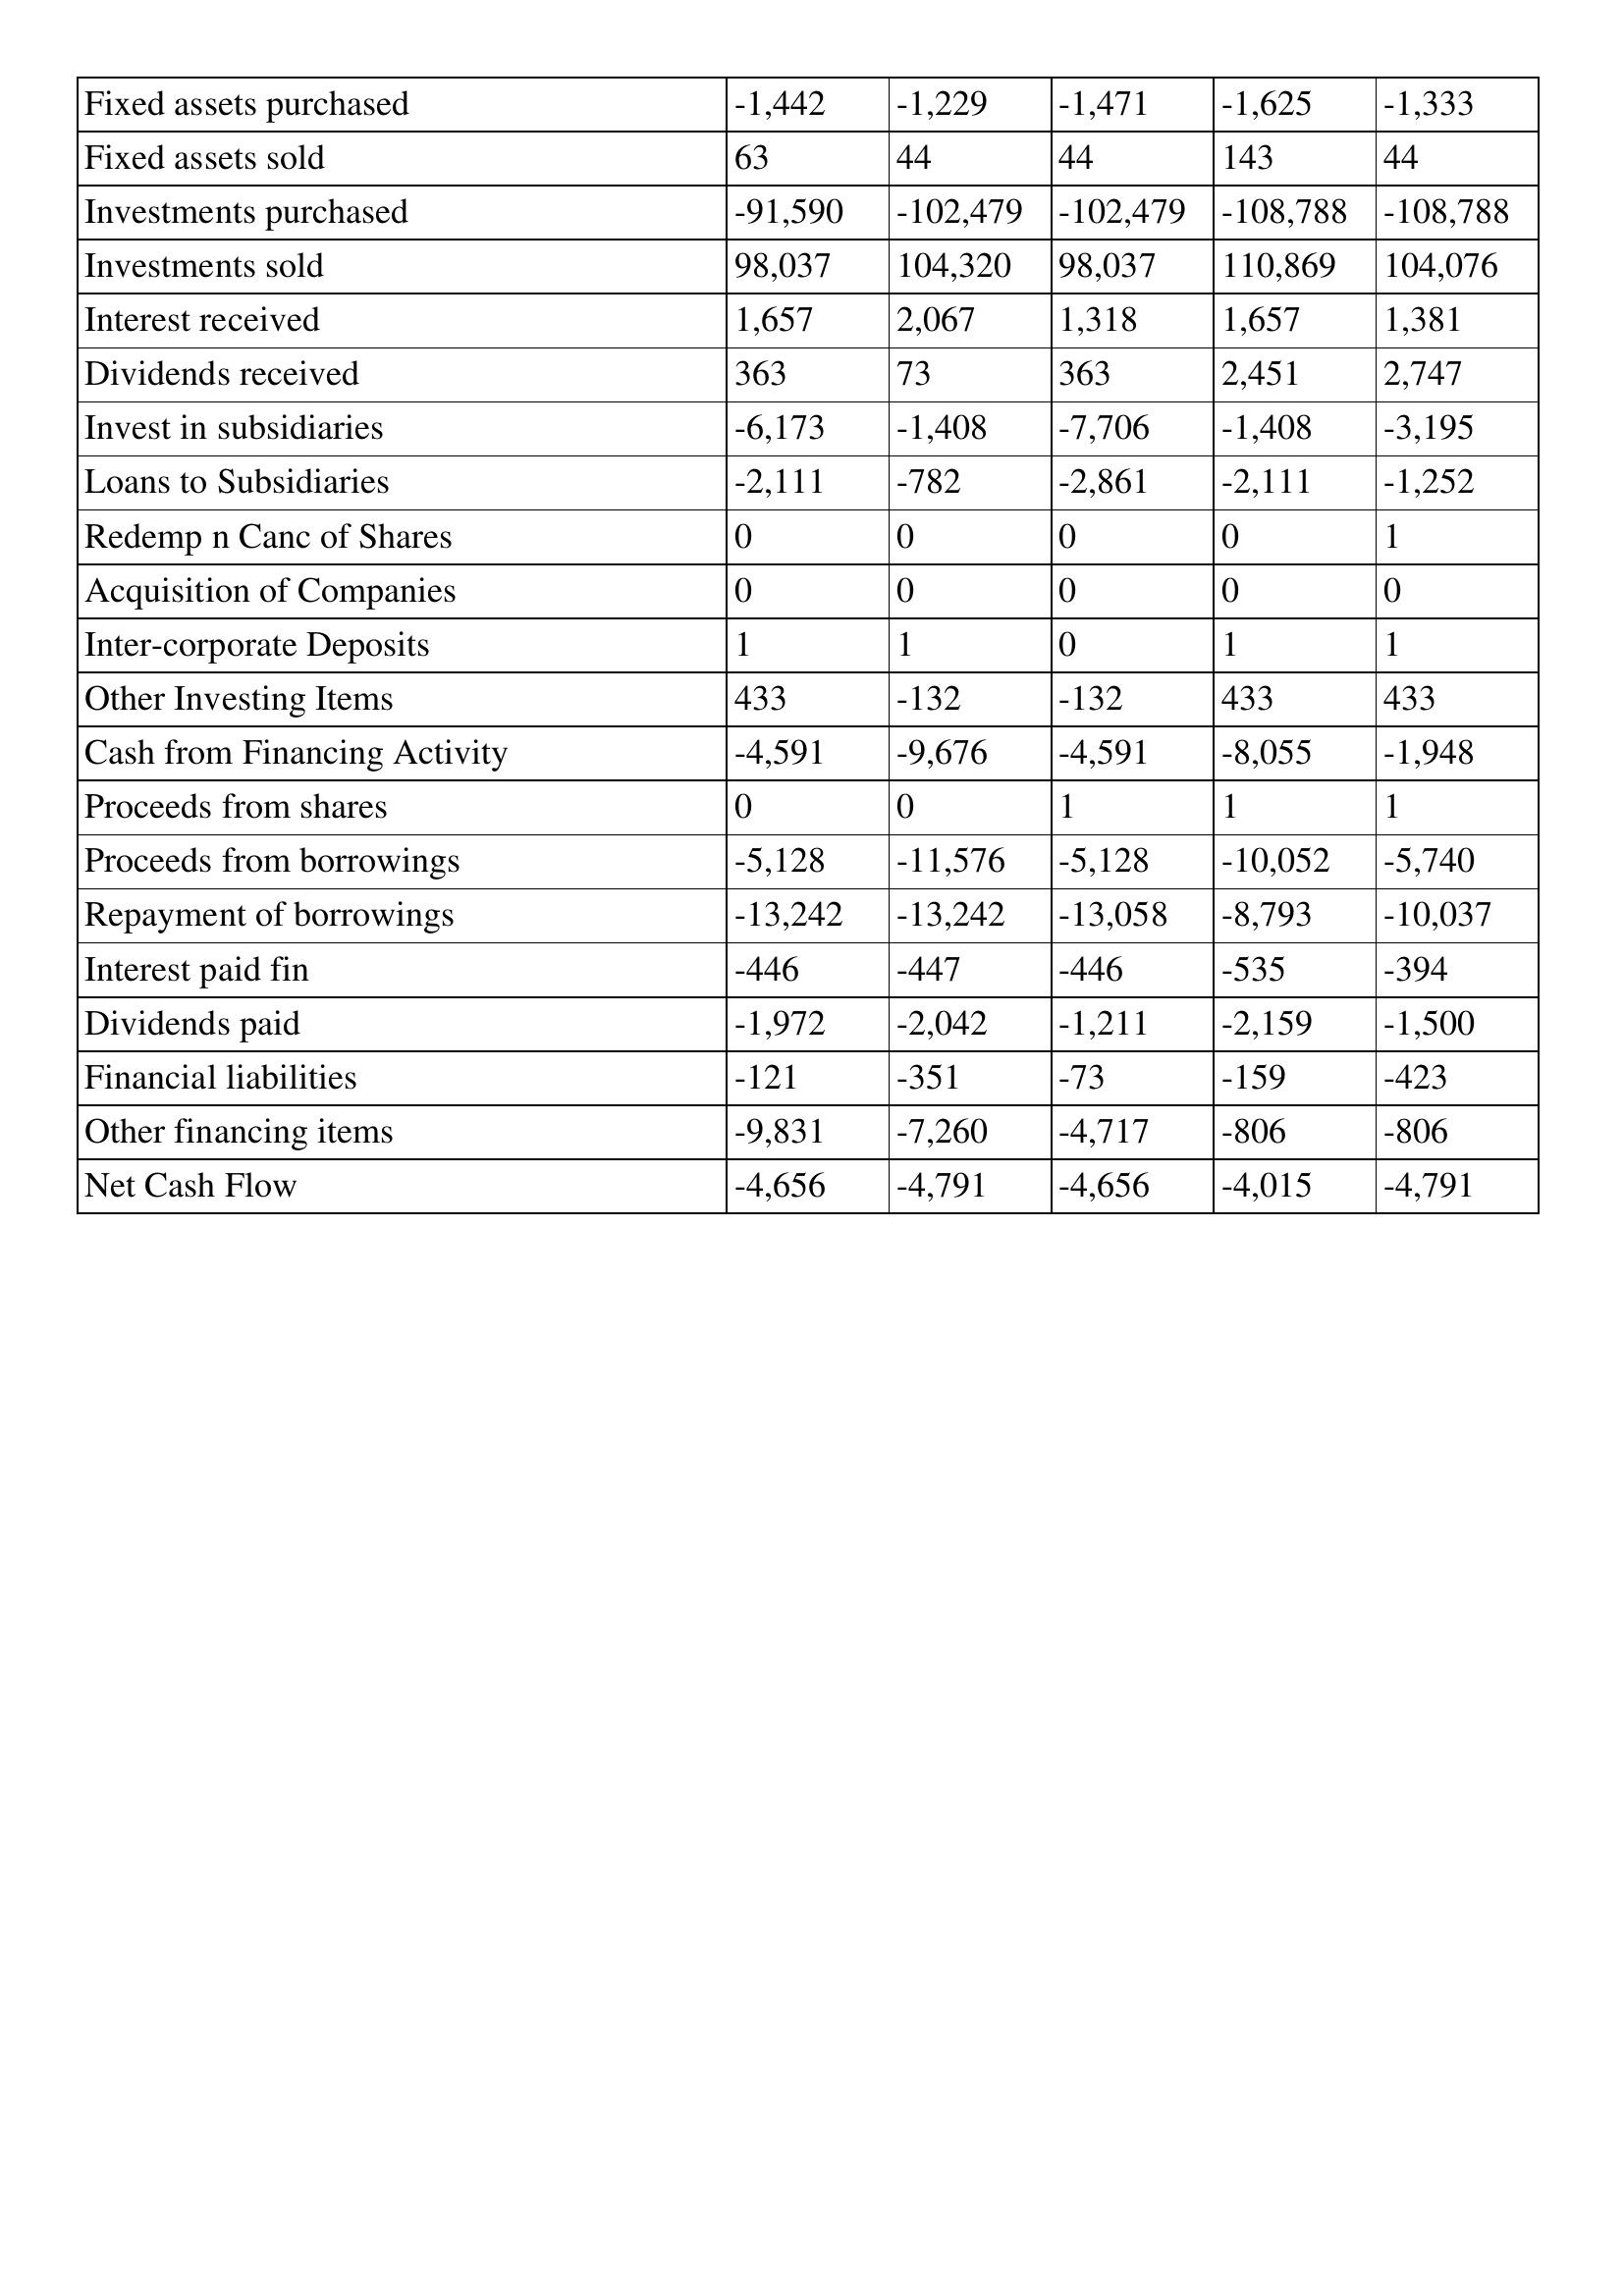
gt_parse: 2005: Cash Flows: Fixed assets purchased: -1,442
Fixed assets sold: 63
Investments purchased: -91,590
Investments sold: 98,037
Interest received: 1,657
Dividends received: 363
Invest in subsidiaries: -6,173
Loans to Subsidiaries: -2,111
Redemp n Canc of Shares: 0
Acquisition of Companies: 0
Inter-corporate Deposits: 1
Other Investing Items: 433
Cash from Financing Activity: -4,591
Proceeds from shares: 0
Proceeds from borrowings: -5,128
Repayment of borrowings: -13,242
Interest paid fin: -446
Dividends paid: -1,972
Financial liabilities: -121
Other financing items: -9,831
Net Cash Flow: -4,656
2004: Cash Flows: Fixed assets purchased: -1,229
Fixed assets sold: 44
Investments purchased: -102,479
Investments sold: 104,320
Interest received: 2,067
Dividends received: 73
Invest in subsidiaries: -1,408
Loans to Subsidiaries: -782
Redemp n Canc of Shares: 0
Acquisition of Companies: 0
Inter-corporate Deposits: 1
Other Investing Items: -132
Cash from Financing Activity: -9,676
Proceeds from shares: 0
Proceeds from borrowings: -11,576
Repayment of borrowings: -13,242
Interest paid fin: -447
Dividends paid: -2,042
Financial liabilities: -351
Other financing items: -7,260
Net Cash Flow: -4,791
2003: Cash Flows: Fixed assets purchased: -1,471
Fixed assets sold: 44
Investments purchased: -102,479
Investments sold: 98,037
Interest received: 1,318
Dividends received: 363
Invest in subsidiaries: -7,706
Loans to Subsidiaries: -2,861
Redemp n Canc of Shares: 0
Acquisition of Companies: 0
Inter-corporate Deposits: 0
Other Investing Items: -132
Cash from Financing Activity: -4,591
Proceeds from shares: 1
Proceeds from borrowings: -5,128
Repayment of borrowings: -13,058
Interest paid fin: -446
Dividends paid: -1,211
Financial liabilities: -73
Other financing items: -4,717
Net Cash Flow: -4,656
2002: Cash Flows: Fixed assets purchased: -1,625
Fixed assets sold: 143
Investments purchased: -108,788
Investments sold: 110,869
Interest received: 1,657
Dividends received: 2,451
Invest in subsidiaries: -1,408
Loans to Subsidiaries: -2,111
Redemp n Canc of Shares: 0
Acquisition of Companies: 0
Inter-corporate Deposits: 1
Other Investing Items: 433
Cash from Financing Activity: -8,055
Proceeds from shares: 1
Proceeds from borrowings: -10,052
Repayment of borrowings: -8,793
Interest paid fin: -535
Dividends paid: -2,159
Financial liabilities: -159
Other financing items: -806
Net Cash Flow: -4,015
2001: Cash Flows: Fixed assets purchased: -1,333
Fixed assets sold: 44
Investments purchased: -108,788
Investments sold: 104,076
Interest received: 1,381
Dividends received: 2,747
Invest in subsidiaries: -3,195
Loans to Subsidiaries: -1,252
Redemp n Canc of Shares: 1
Acquisition of Companies: 0
Inter-corporate Deposits: 1
Other Investing Items: 433
Cash from Financing Activity: -1,948
Proceeds from shares: 1
Proceeds from borrowings: -5,740
Repayment of borrowings: -10,037
Interest paid fin: -394
Dividends paid: -1,500
Financial liabilities: -423
Other financing items: -806
Net Cash Flow: -4,791